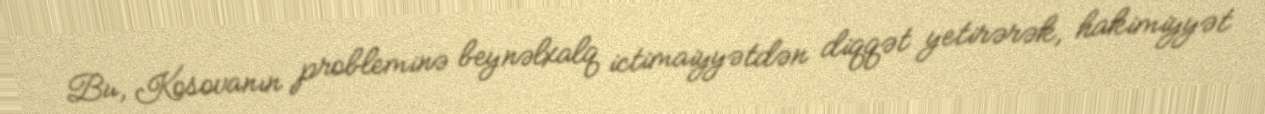
Bu, Kosovanın probleminə beynəlxalq ictimaiyyətdən diqqət yetirərək, hakimiyyət